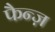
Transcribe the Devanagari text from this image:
फैन्ज़